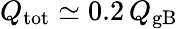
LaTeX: Q_{\mathrm{tot}}\simeq 0.2\, Q_{\mathrm{gB}}